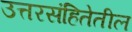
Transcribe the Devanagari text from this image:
उत्तरसंहितेतील